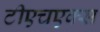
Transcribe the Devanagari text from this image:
टीएचएक्स